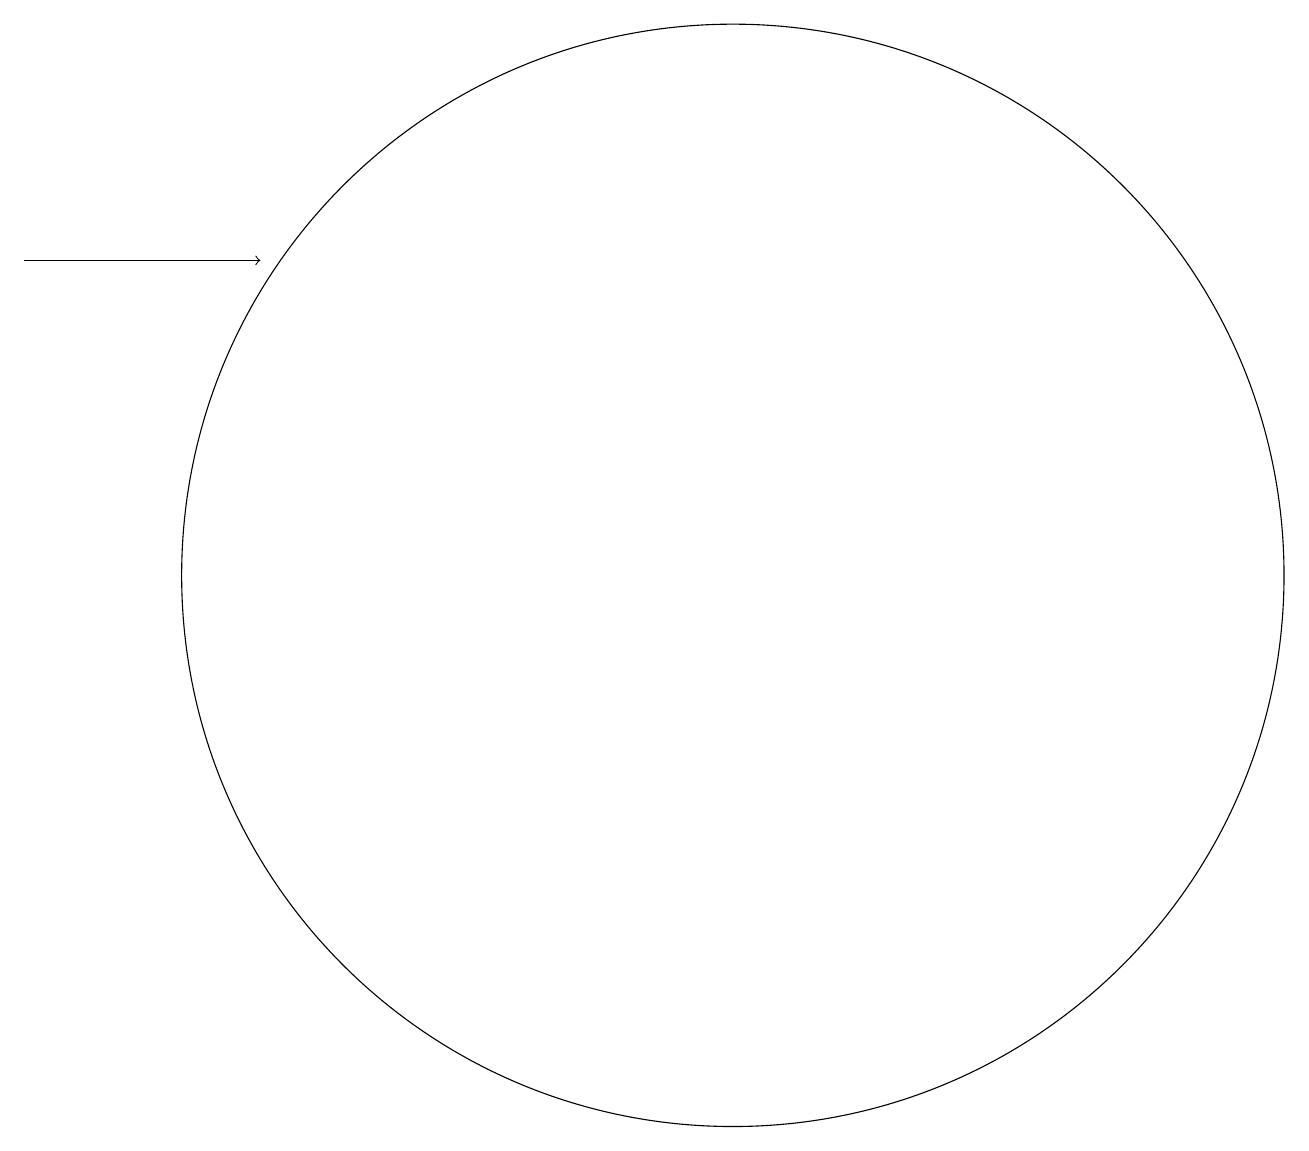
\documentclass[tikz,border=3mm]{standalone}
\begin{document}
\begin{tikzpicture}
\draw (11,10) circle (0);
\draw[->] (2,14) -- (5,14);
\draw (11,10) circle (7);
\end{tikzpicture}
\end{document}